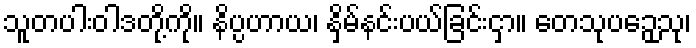
သူတပါးဝါဒတို့ကို။ နိပ္ပဟာယ၊ နှိမ်နင်းပယ်ခြင်းငှာ။ တေသုပဉှေသု၊